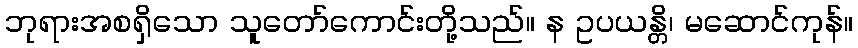
ဘုရားအစရှိသော သူတော်ကောင်းတို့သည်။ န ဥပယန္တိ၊ မဆောင်ကုန်။